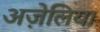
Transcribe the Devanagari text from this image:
अज़ेलिया